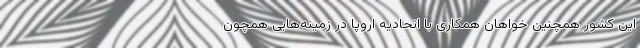
این کشور همچنین خواهان همکاری با اتحادیه اروپا در زمینه‌هایی همچون